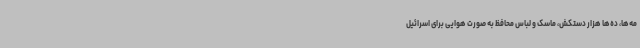
مه‌ها، ده‌ها هزار دستکش، ماسک و لباس محافظ به صورت هوایی برای اسرائیل